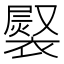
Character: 𧜷